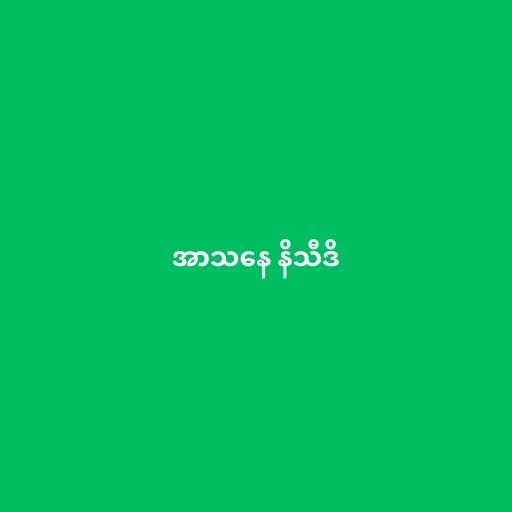
အာသနေ နိသီဒိ